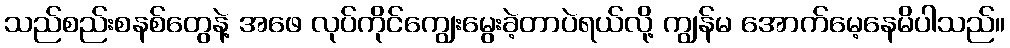
သည်စည်းစနစ်တွေနဲ့ အဖေ လုပ်ကိုင်ကျွေးမွေးခဲ့တာပဲရယ်လို့ ကျွန်မ အောက်မေ့နေမိပါသည်။